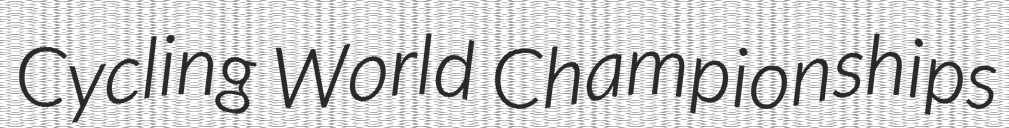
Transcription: Cycling World Championships